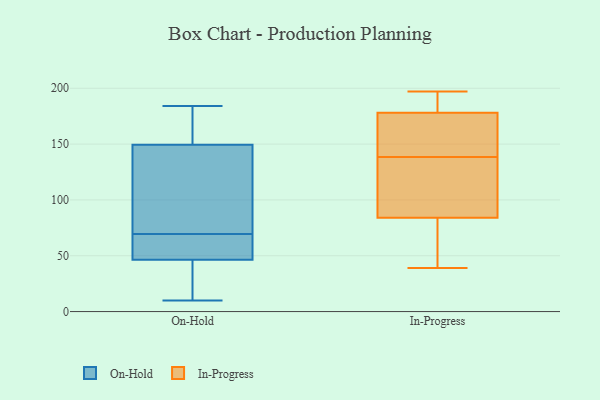
{"axis": {"x": "Conversion Rate (%)", "y": "Value"}, "legend": ["In-Progress", "On-Hold"], "data": [{"x": "", "y": 132, "type": "On-Hold"}, {"x": "", "y": 184, "type": "On-Hold"}, {"x": "", "y": 176, "type": "On-Hold"}, {"x": "", "y": 120, "type": "On-Hold"}, {"x": "", "y": 167, "type": "On-Hold"}, {"x": "", "y": 178, "type": "On-Hold"}, {"x": "", "y": 55, "type": "On-Hold"}, {"x": "", "y": 117, "type": "On-Hold"}, {"x": "", "y": 39, "type": "On-Hold"}, {"x": "", "y": 10, "type": "On-Hold"}, {"x": "", "y": 34, "type": "On-Hold"}, {"x": "", "y": 72, "type": "On-Hold"}, {"x": "", "y": 22, "type": "On-Hold"}, {"x": "", "y": 67, "type": "On-Hold"}, {"x": "", "y": 54, "type": "On-Hold"}, {"x": "", "y": 58, "type": "On-Hold"}, {"x": "", "y": 179, "type": "In-Progress"}, {"x": "", "y": 121, "type": "In-Progress"}, {"x": "", "y": 197, "type": "In-Progress"}, {"x": "", "y": 105, "type": "In-Progress"}, {"x": "", "y": 39, "type": "In-Progress"}, {"x": "", "y": 44, "type": "In-Progress"}, {"x": "", "y": 156, "type": "In-Progress"}, {"x": "", "y": 84, "type": "In-Progress"}, {"x": "", "y": 178, "type": "In-Progress"}, {"x": "", "y": 178, "type": "In-Progress"}]}